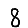
Digit: 8